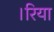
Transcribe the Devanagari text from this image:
।रिया